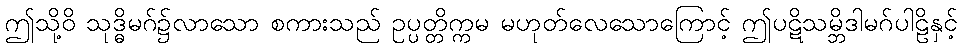
ဤသို့ဝိ သုဒ္ဓိမဂ်၌လာသော စကားသည် ဥပ္ပတ္တိက္ကမ မဟုတ်လေသောကြောင့် ဤပဋိသမ္ဘိဒါမဂ်ပါဠိနှင့်